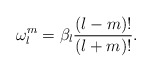
\begin{align*}\omega_l^m=\beta_l\frac{(l-m)!}{(l+m)!}.\end{align*}